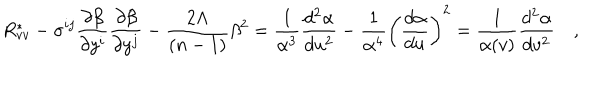
R _ { v v } ^ { \ast } - { \sigma } ^ { i j } \frac { \partial \beta } { \partial y ^ { i } } \frac { \partial \beta } { \partial y ^ { j } } - \frac { 2 \Lambda } { ( n - 1 ) } \beta ^ { 2 } = \frac { 1 } { \alpha ^ { 3 } } \frac { d ^ { 2 } \alpha } { d u ^ { 2 } } - \frac { 1 } { \alpha ^ { 4 } } \left( \frac { d \alpha } { d u } \right) ^ { 2 } = \frac { 1 } { \alpha ( v ) } \frac { d ^ { 2 } \alpha } { d v ^ { 2 } } \quad ,